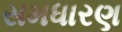
સમધારણ